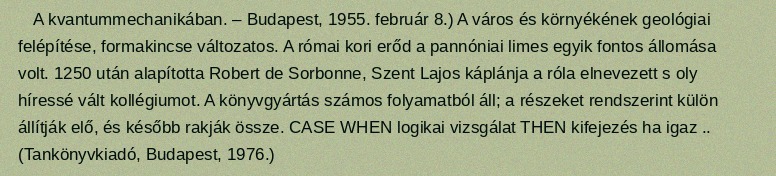
A kvantummechanikában. – Budapest, 1955. február 8.) A város és környékének geológiai felépítése, formakincse változatos. A római kori erőd a pannóniai limes egyik fontos állomása volt. 1250 után alapította Robert de Sorbonne, Szent Lajos káplánja a róla elnevezett s oly híressé vált kollégiumot. A könyvgyártás számos folyamatból áll; a részeket rendszerint külön állítják elő, és később rakják össze. CASE WHEN logikai vizsgálat THEN kifejezés ha igaz .. (Tankönyvkiadó, Budapest, 1976.)